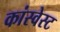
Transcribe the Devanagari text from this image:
कांस्वेस्ट